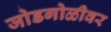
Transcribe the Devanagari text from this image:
जोडगोळीवर